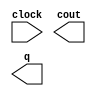
// megafunction wizard: %LPM_COUNTER%VBB%
// GENERATION: STANDARD
// VERSION: WM1.0
// MODULE: LPM_COUNTER 

// ============================================================
// Megafunction Name(s):
// 			LPM_COUNTER
//
// Simulation Library Files(s):
// 			lpm
// ============================================================
// ************************************************************
// THIS IS A WIZARD-GENERATED FILE. DO NOT EDIT THIS FILE!
//
// 13.0.0 Build 156 04/24/2013 SJ Web Edition
// ************************************************************

//Copyright (C) 1991-2013 Altera Corporation
//Your use of Altera Corporation's design tools, logic functions 
//and other software and tools, and its AMPP partner logic 
//functions, and any output files from any of the foregoing 
//(including device programming or simulation files), and any 
//associated documentation or information are expressly subject 
//to the terms and conditions of the Altera Program License 
//Subscription Agreement, Altera MegaCore Function License 
//Agreement, or other applicable license agreement, including, 
//without limitation, that your use is for the sole purpose of 
//programming logic devices manufactured by Altera and sold by 
//Altera or its authorized distributors.  Please refer to the 
//applicable agreement for further details.

module lpm_counter0 (
	clock,
	cout,
	q);

	input	  clock;
	output	  cout;
	output	[24:0]  q;

endmodule

// ============================================================
// CNX file retrieval info
// ============================================================
// Retrieval info: PRIVATE: ACLR NUMERIC "0"
// Retrieval info: PRIVATE: ALOAD NUMERIC "0"
// Retrieval info: PRIVATE: ASET NUMERIC "0"
// Retrieval info: PRIVATE: ASET_ALL1 NUMERIC "1"
// Retrieval info: PRIVATE: CLK_EN NUMERIC "0"
// Retrieval info: PRIVATE: CNT_EN NUMERIC "0"
// Retrieval info: PRIVATE: CarryIn NUMERIC "0"
// Retrieval info: PRIVATE: CarryOut NUMERIC "1"
// Retrieval info: PRIVATE: Direction NUMERIC "0"
// Retrieval info: PRIVATE: INTENDED_DEVICE_FAMILY STRING "Cyclone IV E"
// Retrieval info: PRIVATE: ModulusCounter NUMERIC "1"
// Retrieval info: PRIVATE: ModulusValue NUMERIC "25000000"
// Retrieval info: PRIVATE: SCLR NUMERIC "0"
// Retrieval info: PRIVATE: SLOAD NUMERIC "0"
// Retrieval info: PRIVATE: SSET NUMERIC "0"
// Retrieval info: PRIVATE: SSET_ALL1 NUMERIC "1"
// Retrieval info: PRIVATE: SYNTH_WRAPPER_GEN_POSTFIX STRING "0"
// Retrieval info: PRIVATE: nBit NUMERIC "25"
// Retrieval info: PRIVATE: new_diagram STRING "1"
// Retrieval info: LIBRARY: lpm lpm.lpm_components.all
// Retrieval info: CONSTANT: LPM_DIRECTION STRING "UP"
// Retrieval info: CONSTANT: LPM_MODULUS NUMERIC "25000000"
// Retrieval info: CONSTANT: LPM_PORT_UPDOWN STRING "PORT_UNUSED"
// Retrieval info: CONSTANT: LPM_TYPE STRING "LPM_COUNTER"
// Retrieval info: CONSTANT: LPM_WIDTH NUMERIC "25"
// Retrieval info: USED_PORT: clock 0 0 0 0 INPUT NODEFVAL "clock"
// Retrieval info: USED_PORT: cout 0 0 0 0 OUTPUT NODEFVAL "cout"
// Retrieval info: USED_PORT: q 0 0 25 0 OUTPUT NODEFVAL "q[24..0]"
// Retrieval info: CONNECT: @clock 0 0 0 0 clock 0 0 0 0
// Retrieval info: CONNECT: cout 0 0 0 0 @cout 0 0 0 0
// Retrieval info: CONNECT: q 0 0 25 0 @q 0 0 25 0
// Retrieval info: GEN_FILE: TYPE_NORMAL lpm_counter0.v TRUE
// Retrieval info: GEN_FILE: TYPE_NORMAL lpm_counter0.inc FALSE
// Retrieval info: GEN_FILE: TYPE_NORMAL lpm_counter0.cmp FALSE
// Retrieval info: GEN_FILE: TYPE_NORMAL lpm_counter0.bsf TRUE FALSE
// Retrieval info: GEN_FILE: TYPE_NORMAL lpm_counter0_inst.v FALSE
// Retrieval info: GEN_FILE: TYPE_NORMAL lpm_counter0_bb.v TRUE
// Retrieval info: LIB_FILE: lpm